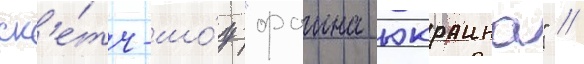
ск'е́тч-шо́у "фаина юкраина" //